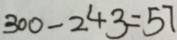
3 0 0 - 2 4 3 = 5 7